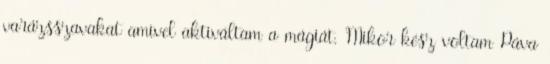
varázsszavakat amivel aktiváltam a mágiát. Mikor kész voltam Páva